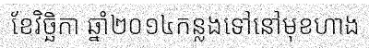
ខែវិច្ឆិកា ឆ្នាំ២០១៤កន្លងទៅនៅមុខហាង